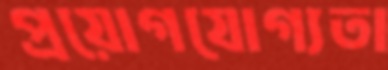
প্রয়োগযোগ্যতা